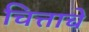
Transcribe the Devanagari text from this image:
चित्ताचे